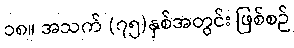
၁၈။ အသက် (၇၅)နှစ်အတွင်း ဖြစ်စဉ်